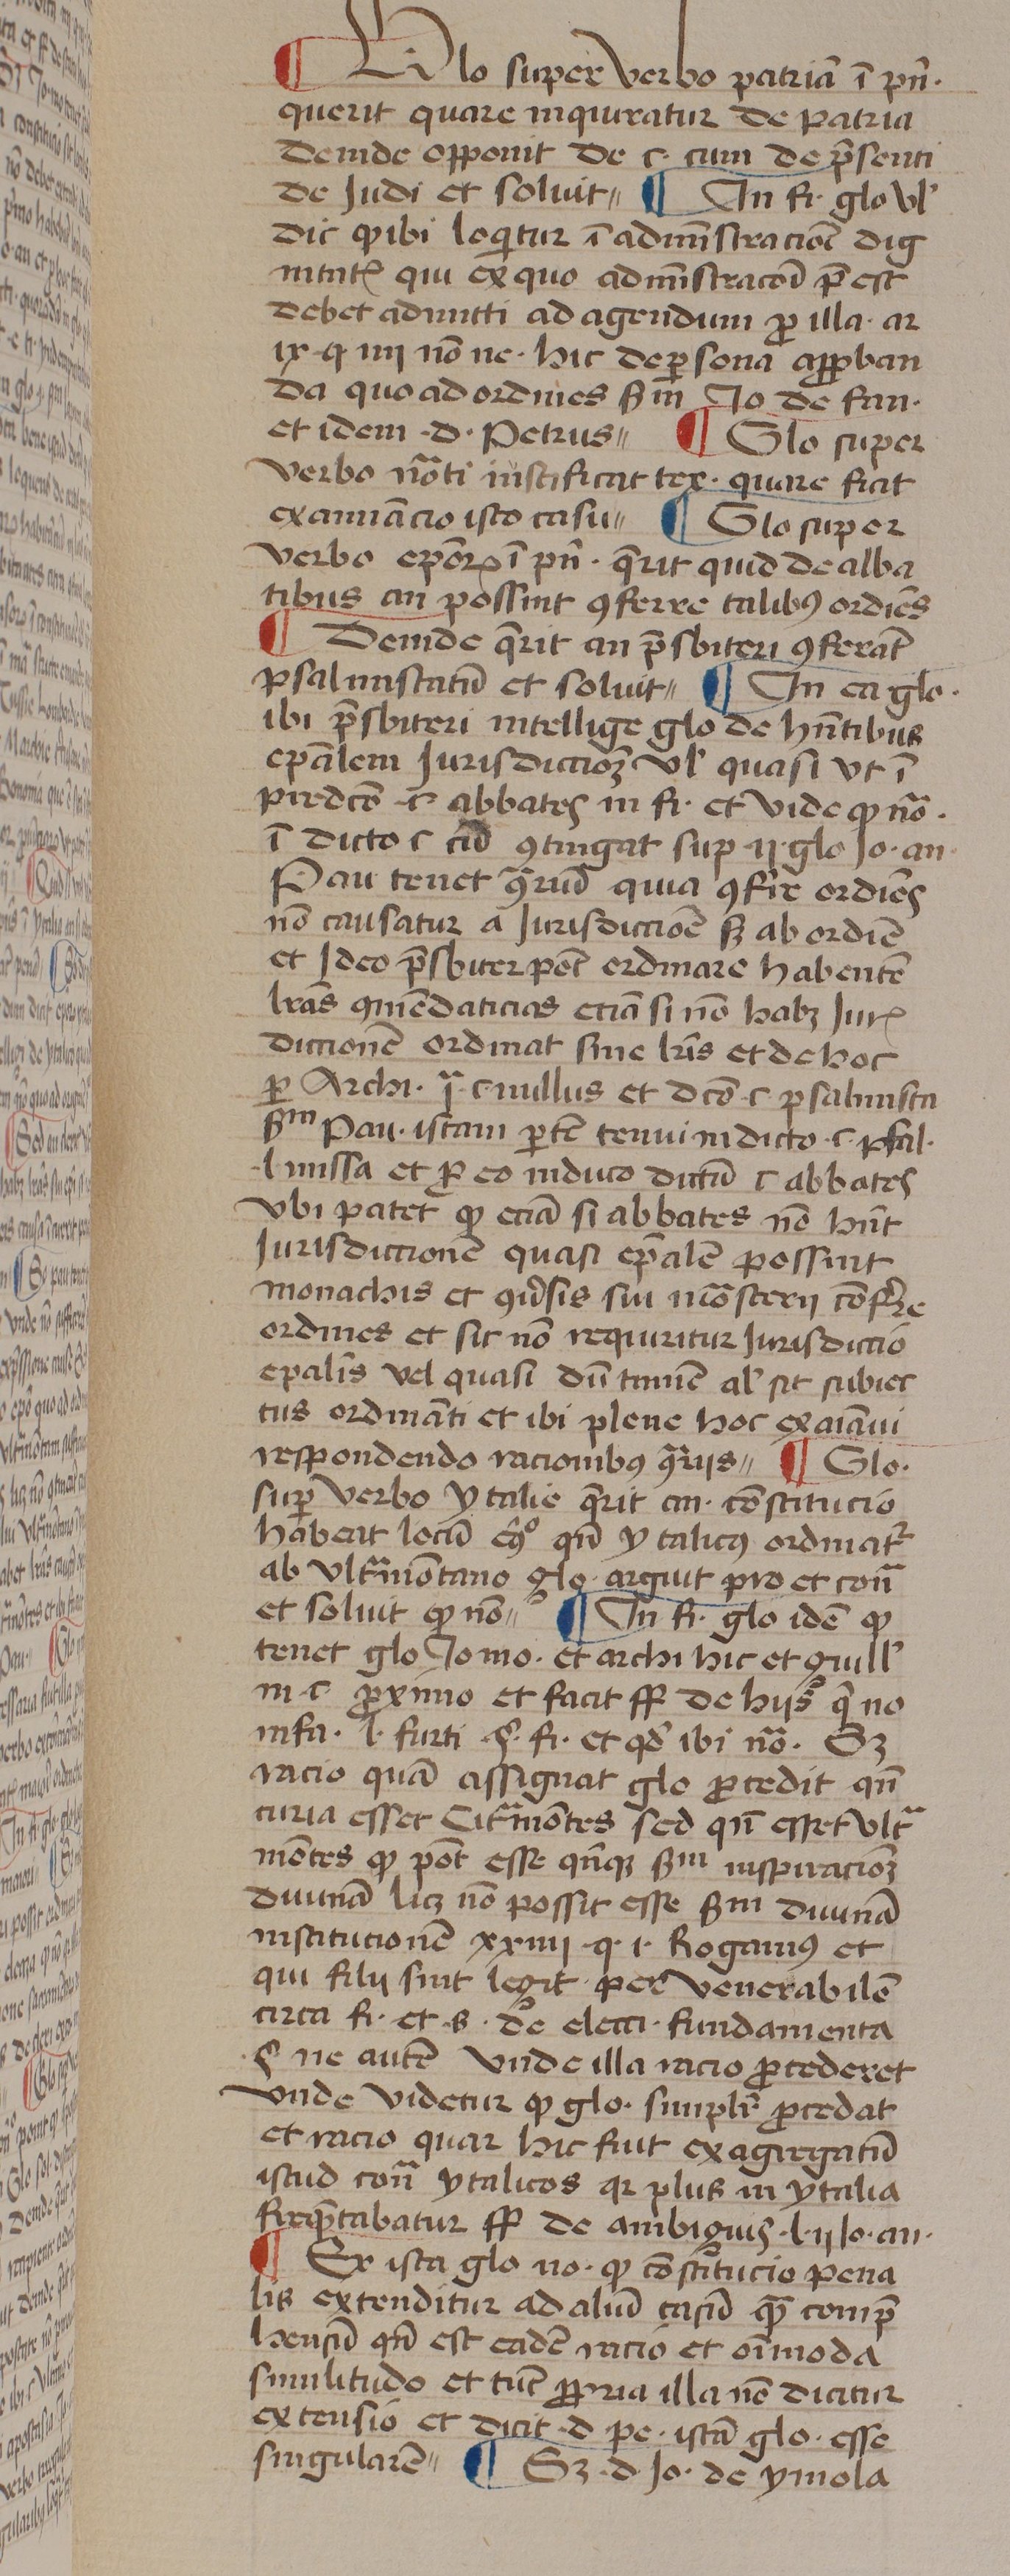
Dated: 1439–1439